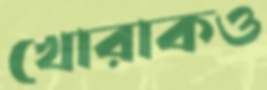
খোরাকও